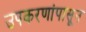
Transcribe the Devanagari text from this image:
उपकरणांपासून